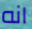
انه